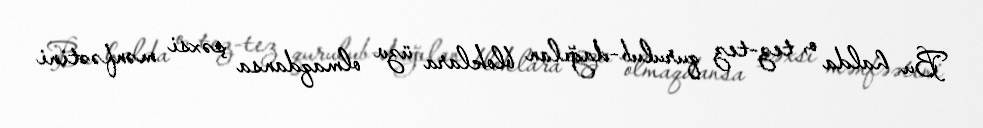
Bu halda o, tez-tez qurulub-dağılan bloklara üzv olmaqdansa şəxsi mənfəətini